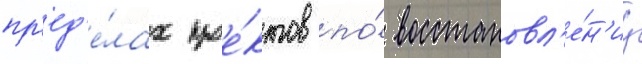
пр'ед'е́лах прое́ктов по́ восстановл'е́н'иу